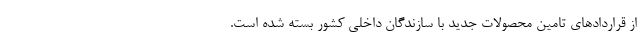
از قراردادهای تامین محصولات جدید با سازندگان داخلی کشور بسته شده است.